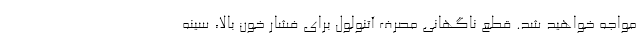
مواجه خواهید شد. قطع ناگهانی مصرف آتنولول برای فشار خون بالا، سینه